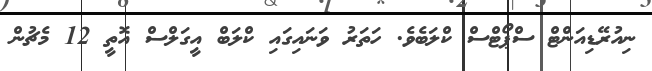
ނިއުރޭޑިއަންޓް ސްޕޯޓްސް ކްލަބެވެ. ހަތަރު ވަނައިގައި ކްލަބް އީގަލްސް އޮތީ 12 މެޗުން